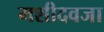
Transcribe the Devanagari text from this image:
मशीदवजा